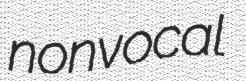
nonvocal